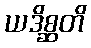
ယဒိစ္ဆတိ